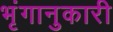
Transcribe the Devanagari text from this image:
भृंगानुकारी